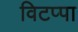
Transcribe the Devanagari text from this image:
विटप्पा